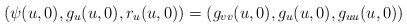
LaTeX: \begin{align*} (\psi(u,0),g_u(u,0),r_u(u,0)) =(g_{vv}(u,0),g_{u}(u,0),g_{uu}(u,0)) \end{align*}